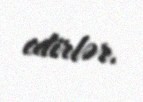
edirlər.